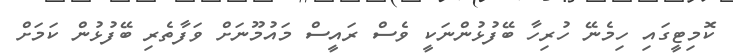
ކޮމިޓީގައި ހިމެނޭ ހުރިހާ ބޭފުޅުންނަކީ ވެސް ރައީސް މައުމޫނަށް ވަފާތެރި ބޭފުޅުން ކަމަށް